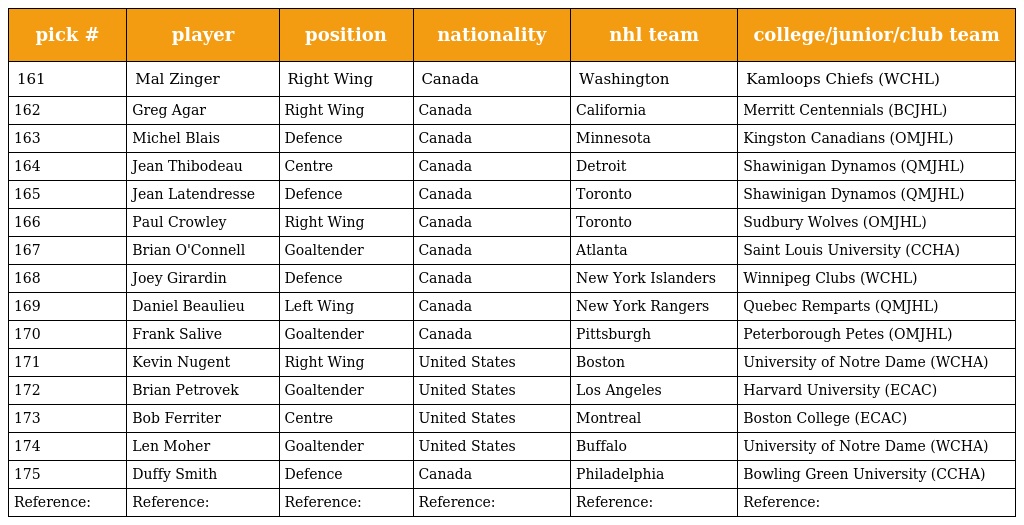
| pick # | player | position | nationality | nhl team | college/junior/club team |
 | --- | --- | --- | --- | --- | --- |
 | 161 | Mal Zinger | Right Wing | Canada | Washington | Kamloops Chiefs (WCHL) |
 | 162 | Greg Agar | Right Wing | Canada | California | Merritt Centennials (BCJHL) |
 | 163 | Michel Blais | Defence | Canada | Minnesota | Kingston Canadians (OMJHL) |
 | 164 | Jean Thibodeau | Centre | Canada | Detroit | Shawinigan Dynamos (QMJHL) |
 | 165 | Jean Latendresse | Defence | Canada | Toronto | Shawinigan Dynamos (QMJHL) |
 | 166 | Paul Crowley | Right Wing | Canada | Toronto | Sudbury Wolves (OMJHL) |
 | 167 | Brian O'Connell | Goaltender | Canada | Atlanta | Saint Louis University (CCHA) |
 | 168 | Joey Girardin | Defence | Canada | New York Islanders | Winnipeg Clubs (WCHL) |
 | 169 | Daniel Beaulieu | Left Wing | Canada | New York Rangers | Quebec Remparts (QMJHL) |
 | 170 | Frank Salive | Goaltender | Canada | Pittsburgh | Peterborough Petes (OMJHL) |
 | 171 | Kevin Nugent | Right Wing | United States | Boston | University of Notre Dame (WCHA) |
 | 172 | Brian Petrovek | Goaltender | United States | Los Angeles | Harvard University (ECAC) |
 | 173 | Bob Ferriter | Centre | United States | Montreal | Boston College (ECAC) |
 | 174 | Len Moher | Goaltender | United States | Buffalo | University of Notre Dame (WCHA) |
 | 175 | Duffy Smith | Defence | Canada | Philadelphia | Bowling Green University (CCHA) |
 | Reference: | Reference: | Reference: | Reference: | Reference: | Reference: |